Lunatic asylums Punjab 1911-1921 - 1911-1921
Year: 1911
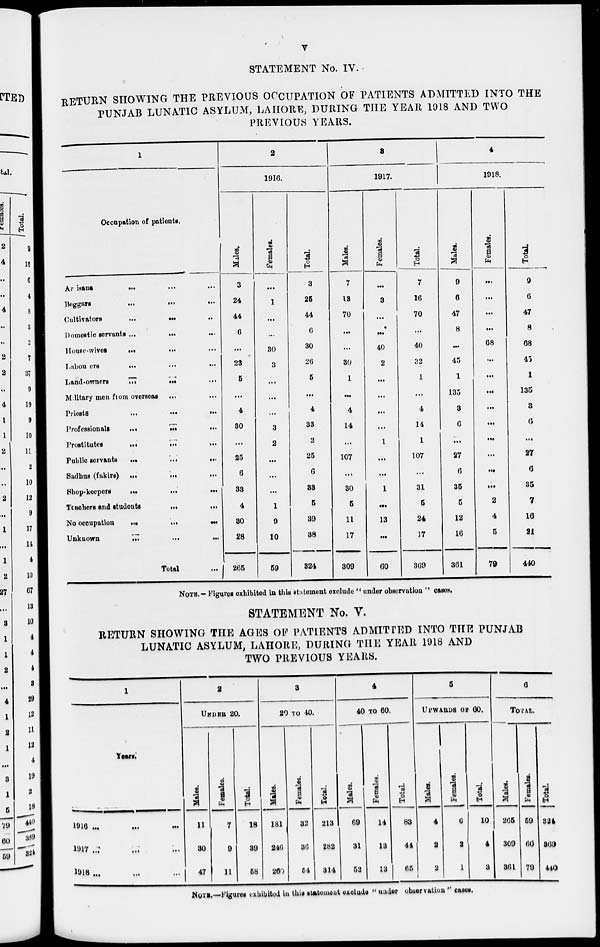
v
STATEMENT No. IV.
RETURN SHOWING THE PREVIOUS OCCUPATION OF PATIENTS ADMITTED INTO THE
PUNJAB LUNATIC ASYLUM, LAHORE, DURING THE YEAR 1918 AND TWO
PREVIOUS YEARS.
1
Occupation of patients.
Ar
isans
...
...
...
Beggars
...
...
...
Cultivators ... ... ...
Domestic servants ... ... ...
House-wives
...
...
...
Labou
ers
...
...
...
Land-owners ... ... ...
Military men from overseas
...
...
Priests ... ... ...
Professionals ... ... ...
Prostitutes
...
...
...
Public servants ... ... ...
Sadhus (fakirs)
...
...
...
Shop-keepers
...
...
...
Teachers and students
...
...
...
No occupation
...
...
...
Unknown
...
...
...
Total ...
2
1916.
Males.
3
24
44
6
...
23
5
...
4
30
...
25
6
33
4
30
28
265
Females.
...
1
...
...
30
3
...
...
...
3
2
...
...
...
1
9
10
59
Total.
3
25
44
6
30
26
5
...
4
33
2
25
6
33
5
39
38
324
3
1917.
Males.
7
13
70
...
...
30
1
...
4
14
...
107
...
30
5
11
17
309
Females.
...
3
...
...
40
2
...
...
...
...
1
...
...
1
...
13
...
60
Total.
7
16
70
...
40
32
1
...
4
14
1
107
...
31
5
24
17
369
4
1918.
Males.
9
6
47
8
...
45
1
135
3
6
...
27
6
35
5
12
16
361
Females.
...
...
...
...
68
...
...
...
...
...
...
...
...
...
2
4
5
79
Total.
9
6
47
8
68
45
1
135
3
6
...
27
6
35
7
16
21
440
NOTE.— Figures exhibited in this statement exclude " under observation " cases.
STATEMENT No. V.
RETURN SHOWING THE AGES OF PATIENTS ADMITTED INTO THE PUNJAB
LUNATIC ASYLUM, LAHORE, DURING THE YEAR 1918 AND
TWO PREVIOUS YEARS.
1
Years.
1916
...
...
...
1917 ... ... ...
1918 ... ... ...
2
UNDER 20.
Males.
11
30
47
Females.
7
9
11
Total.
18
39
58
3
20 TO 40.
Males.
181
246
260
Females.
32
36
54
Total.
213
282
314
4
40 TO 60.
Males.
69
31
52
Females.
14
13
13
Total.
83
44
65
5
UPWARDS OF 60.
Males.
4
2
2
Females.
6
2
1
Total.
10
4
3
6
TOTAL
Males.
265
309
361
Females.
59
60
79
Total
324
369
440
NOTE.—Figures exhibited in this statement exclude " under observation " cases.